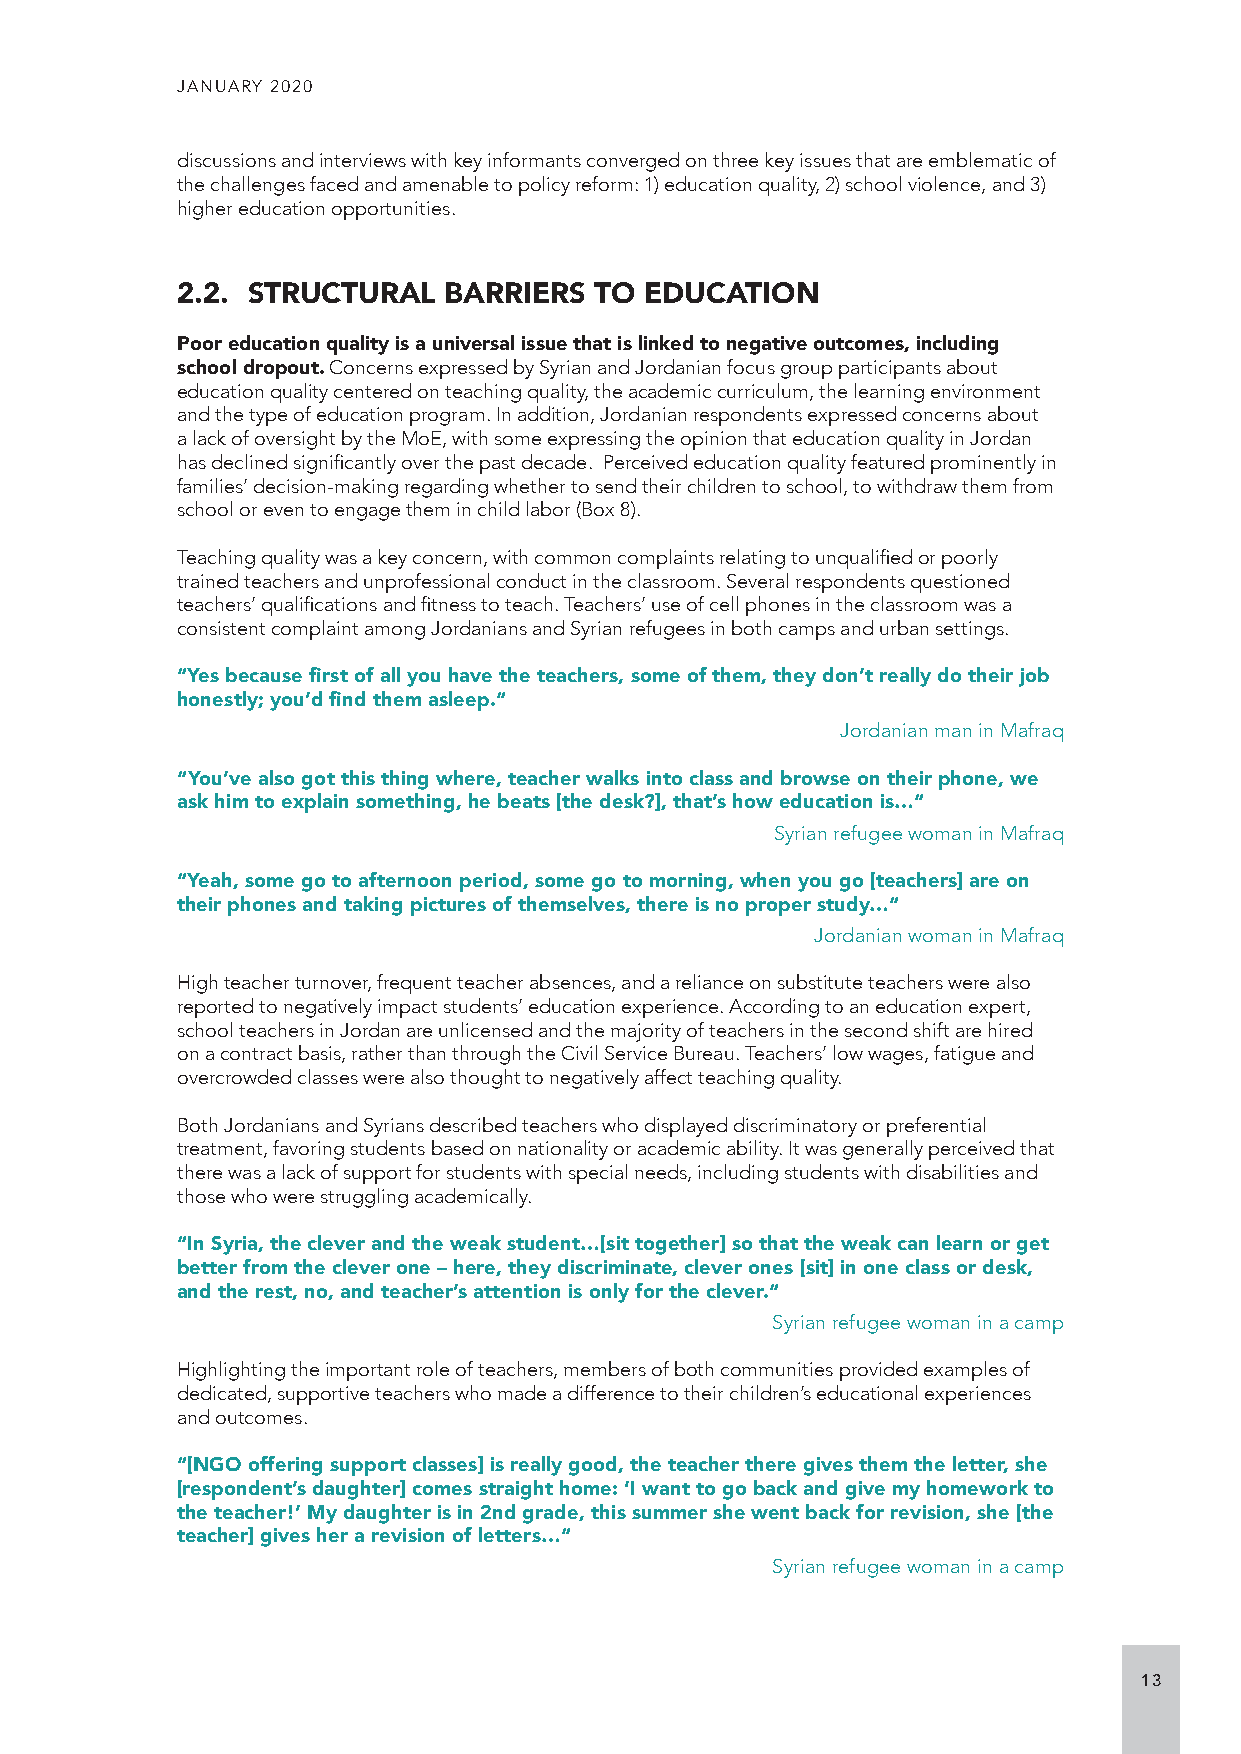
JANUARY 2020
 discussions and interviews with key informants converged on three key issues that are emblematic of
 the challenges faced and amenable to policy reform: 1) education quality, 2) school violence, and 3)
 higher education opportunities.
 2.2. STRUCTURAL  BARRIERS  TO  EDUCATION
 Poor education quality is a universal issue that is linked to negative outcomes, including
 school dropout. Concerns expressed by Syrian and Jordanian focus group participants about
 education quality centered on teaching quality, the academic curriculum, the learning environment
 and the type of education program. In addition, Jordanian respondents expressed concerns about
 a lack of oversight by the MoE, with some expressing the opinion that education quality in Jordan
 has declined significantly over the past decade. Perceived education quality featured prominently in
 families’ decision-making regarding whether to send their children to school, to withdraw them from
 school or even to engage them in child labor (Box 8).
 Teaching quality was a key concern, with common complaints relating to unqualified or poorly
 trained teachers and unprofessional conduct in the classroom. Several respondents questioned
 teachers’ qualifications and fitness to teach. Teachers’ use of cell phones in the classroom was a
 consistent complaint among Jordanians and Syrian refugees in both camps and urban settings.
 “Yes because first of all you have the teachers, some of them, they don’t really do their job
 honestly; you’d find them asleep.“
 Jordanian man in Mafraq
 “You’ve also got this thing where, teacher walks into class and browse on their phone, we
 ask him to explain something, he beats [the desk?], that’s how education is…“
 Syrian refugee woman in Mafraq
 “Yeah, some go to afternoon period, some go to morning, when you go [teachers] are on
 their phones and taking pictures of themselves, there is no proper study…“
 Jordanian woman in Mafraq
 High teacher turnover, frequent teacher absences, and a reliance on substitute teachers were also
 reported to negatively impact students’ education experience. According to an education expert,
 school teachers in Jordan are unlicensed and the majority of teachers in the second shift are hired
 on a contract basis, rather than through the Civil Service Bureau. Teachers’ low wages, fatigue and
 overcrowded classes were also thought to negatively affect teaching quality.
 Both Jordanians and Syrians described teachers who displayed discriminatory or preferential
 treatment, favoring students based on nationality or academic ability. It was generally perceived that
 there was a lack of support for students with special needs, including students with disabilities and
 those who were struggling academically.
 “In Syria, the clever and the weak student…[sit together] so that the weak can learn or get
 better from the clever one – here, they discriminate, clever ones [sit] in one class or desk,
 and the rest, no, and teacher’s attention is only for the clever.“
 Syrian refugee woman in a camp
 Highlighting the important role of teachers, members of both communities provided examples of
 dedicated, supportive teachers who made a difference to their children’s educational experiences
 and outcomes.
 “[NGO offering support classes] is really good, the teacher there gives them the letter, she
 [respondent’s daughter] comes straight home: ‘I want to go back and give my homework to
 the teacher!’ My daughter is in 2nd grade, this summer she went back for revision, she [the
 teacher] gives her a revision of letters…“
 Syrian refugee woman in a camp
 13